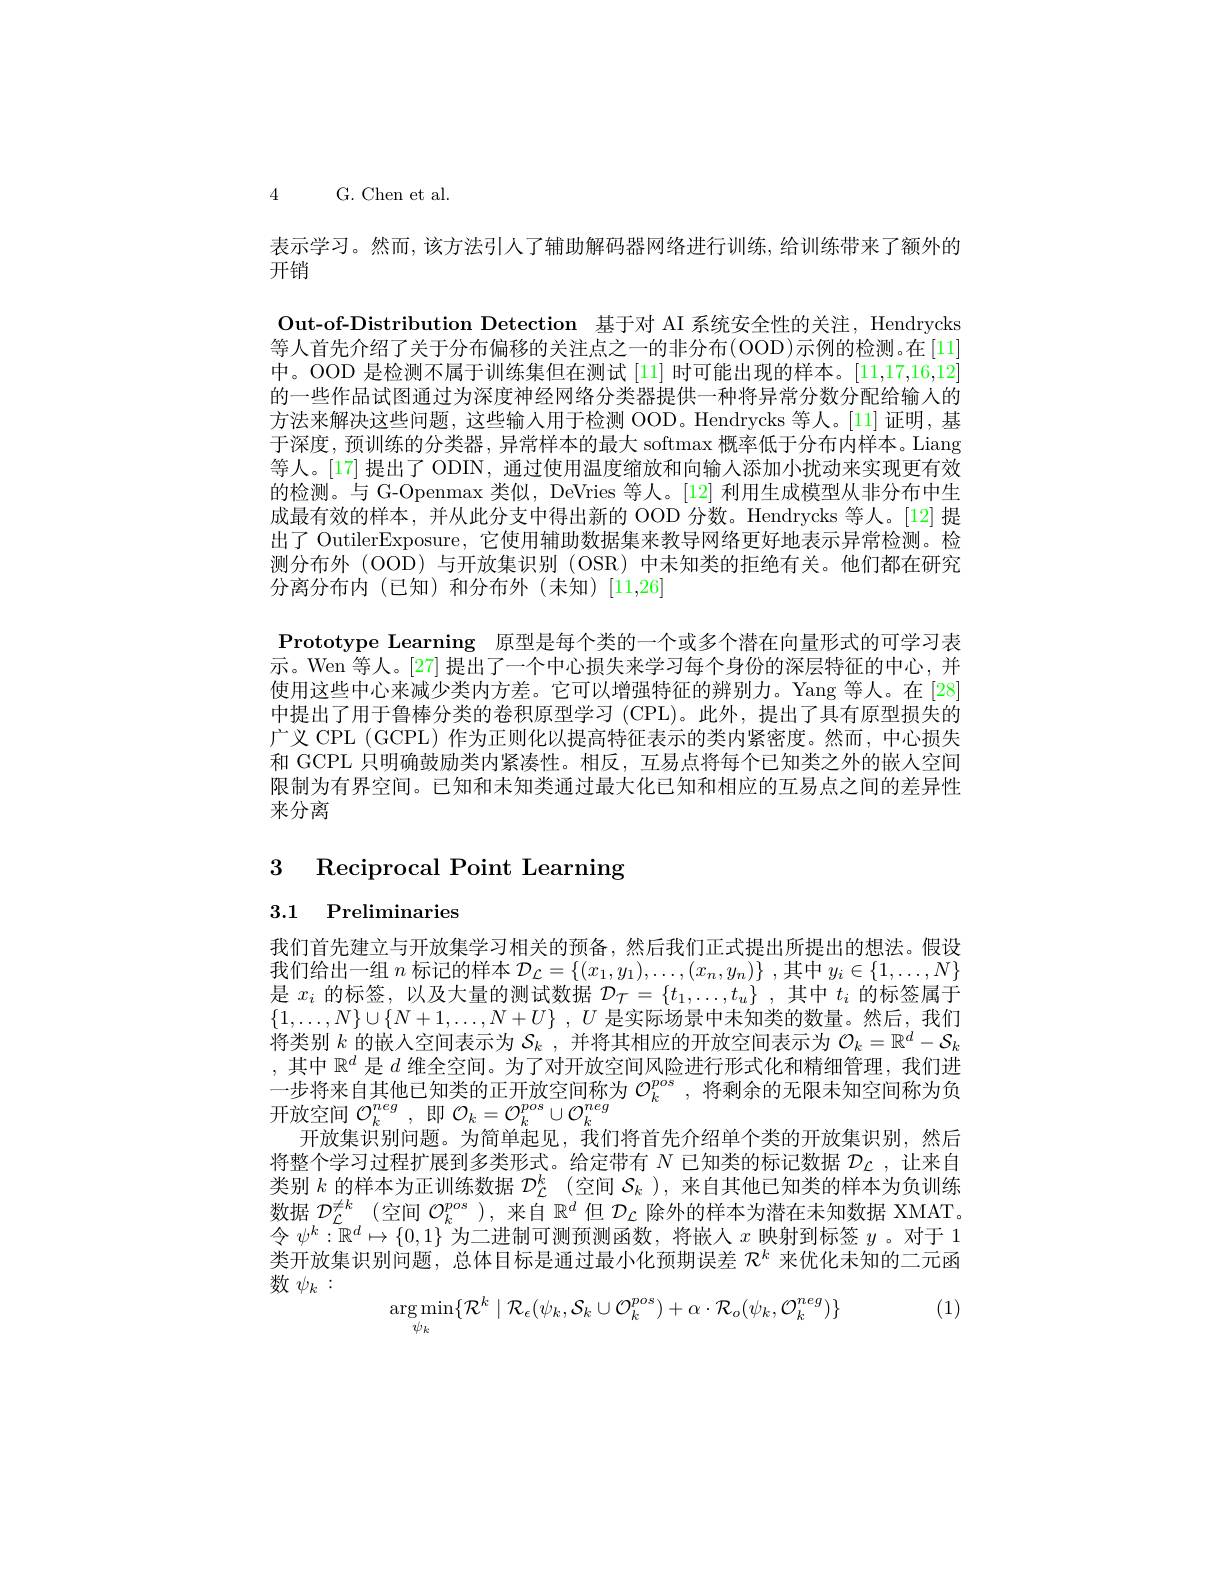
4 G. Chen et al.

表示学习。然而，该方法引人了辅助解码器网络进行训练，给训练带来了额外的
开销

Out-of-Distribution Detection 基于对 AI 系统安全性的关注，Hendrycks 等人首先介绍了关于分布偏移的关注点之一的非分布(OOD)示例的检测。在[11] 中。OOD 是检测不属于训练集但在测试[11] 时可能出现的样本。[11,17,16,12] 的一些作品试图通过为深度神经网络分类器提供一种将异常分数分配给输人的方法来解决这些问题，这些输入用于检测 OOD。Hendrycks 等人。[11] 证明，基于深度，预训练的分类器，异常样本的最大 softmax 概率低于分布内样本。Liang 等人。[17]提出了 ODIN, 通过使用温度缩放和向输人添加小扰动来实现更有效的检测。与 G-Openmax 类似，DeVries 等人。[12] 利用生成模型从非分布中生成最有效的样本，并从此分支中得出新的 OOD 分数。Hendrycks 等人。[12] 提出了 OutilerExposure, 它使用辅助数据集来教导网络更好地表示异常检测。检测分布外(OOD)与开放集识别 (OSR)中未知类的拒绝有关。他们都在研究分离分布内(已知)和分布外(未知)[11,26]
Prototype Learning 原型是每个类的一个或多个潜在向量形式的可学习表示。Wen 等人。[27] 提出了一个中心损失来学习每个身份的深层特征的中心，并使用这些中心来减少类内方差。它可以增强特征的辨别力。Yang 等人。在[28] 中提出了用于鲁棒分类的卷积原型学习 (CPL)。此外，提出了具有原型损失的广义 CPL (GCPL) 作为正则化以提高特征表示的类内紧密度。然而，中心损失和 GCPL 只明确鼓励类内紧凑性。相反，互易点将每个已知类之外的嵌人空间限制为有界空间。已知和末知类通过最大化已知和相应的互易点之间的差异性来分离

3 Reciprocal Point Learning

3.1 Preliminaries

我们首先建立与开放集学习相关的预备，然后我们正式提出所提出的想法。假设我们给出一组$n$标记的样本$\mathcal{D}_\mathcal{L}=\{(x_1,y_1),\ldots,(x_n,y_n)\}$ ,其中$y_i\in\{1,\ldots,N\}$ 是$x_i$的标签，以及大量的测试数据$\mathcal{D}_\mathcal{T}=\{t_1,\ldots,t_u\}$ ,其中$t_i$的标签属于$\{ 1, \ldots , N\} \cup \{ N+ 1, \ldots , N+ U\}$ , $\dot {U\text{ 是 实 际 场 景 中 未 知 类 的 数 量 。然 后 , 我 们 }}$ 将类别$k$的嵌入空间表示为$\mathcal{S}_k$ ,并将其相应的开放空间表示为$\mathcal{O}_k=\mathbb{R}^d-\mathcal{S}_k$ ,其中$\mathbb{R}^d$是$d$维全空间。为了对开放空间风险进行形式化和精细管理，我们进一步将来自其他已知类的正开放空间称为$\mathcal{O}_k^{pos}$ ,将剩余的无限未知空间称为负开放空间$\mathcal{O}_k^{neg}$ ,即$\mathcal{O}_k=\mathcal{O}_k^{pos}\cup\mathcal{O}_k^{neg}$
开放集识别问题。为简单起见，我们将首先介绍单个类的开放集识别，然后将整个学习过程扩展到多类形式。给定带有$N$已知类的标记数据$\mathcal{D}_\mathcal{L}$,让来自类别$k$的样本为正训练数据$\mathcal{D}_\mathcal{L}^k$ (空间$\mathcal{S}_k$ ),来自其他已知类的样本为负训练数据$\mathcal{D}_\mathcal{L}^{\neq k}$ (空间$\mathcal{O}_k^pos$ ),来自$\mathbb{R}^d$但$\mathcal{D}_\mathcal{L}$除外的样本为潜在未知数据 XMAT。令$\psi^k:\tilde{\mathbb{R}}^d\mapsto\{0,1\}^n$为二进制可测预测函数，将嵌人$x$映射到标签$y$ 。对于 1类开放集识别问题，总体目标是通过最小化预期误差$\mathcal{R}^k$来优化未知的二元函数$\psi_k:$
(1)
$$\underset{\psi_k}{\arg\min}\{\mathcal{R}^k\mid\mathcal{R}_\epsilon(\psi_k,\mathcal{S}_k\cup\mathcal{O}_k^{pos})+\alpha\cdot\mathcal{R}_o(\psi_k,\mathcal{O}_k^{neg})\}$$